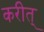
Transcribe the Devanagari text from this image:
करीत्